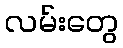
လမ်းတွေ